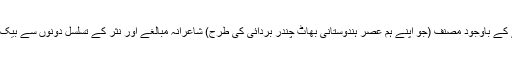
ادبی شان دکھانے کے باوجود مصنف (جو اپنے ہم عصر ہندوستانی بھاٹ چندر بردائی کی طرح) شاعرانہ مبالغے اور نثر کے تسلسل دونوں سے بیک وقت کام لیتا ہے۔